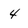
Character: 4